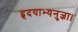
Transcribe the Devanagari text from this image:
हृदयाभ्यनुज्ञा।